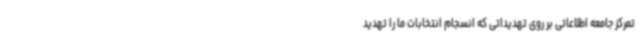
تمرکز جامعه اطلاعاتی بر روی تهدیداتی که انسجام انتخابات ما را تهدید